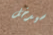
سيدخل